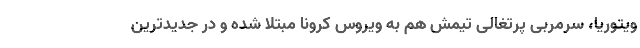
ویتوریا، سرمربی پرتغالی تیمش هم به ویروس کرونا مبتلا شده و در جدیدترین